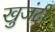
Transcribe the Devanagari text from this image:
खुजंदी